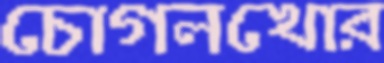
চোগলখোর